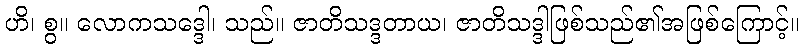
ဟိ၊ စွ။ လောကသဒ္ဒေါ၊ သည်။ ဇာတိသဒ္ဒတာယ၊ ဇာတိသဒ္ဒါဖြစ်သည်၏အဖြစ်ကြောင့်။